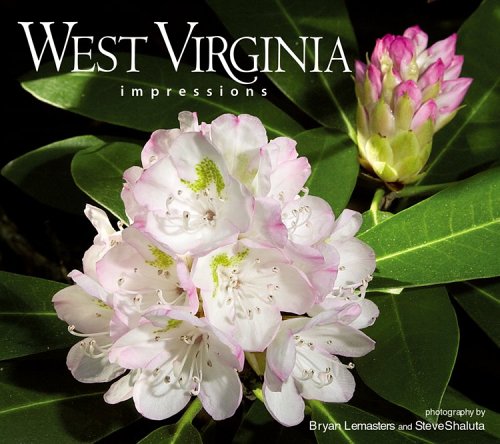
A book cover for West Virginia Impressions (Impressions (Farcountry Press)); photography by Bryan Lemasters; Travel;